Plague in India, 1896, 1897 - Volume 1
Year: 1896
Disease focus: Plague
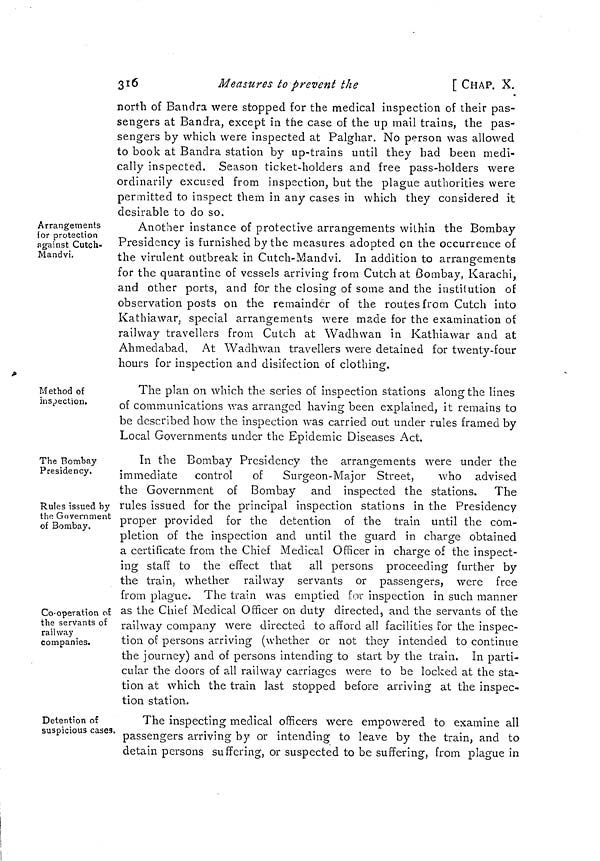
316
Measures to prevent the
[ CHAP. X.
north of Bandra were stopped for the medical inspection of their pas-
sengers at Bandra, except in the case of the up mail trains, the pas-
sengers by which were inspected at Palghar. No person was allowed
to book at Banclra station by up-trains until they had been medi-
cally inspected. Season ticket-holders and free pass-holders were
ordinarily excused from inspection, but the plague authorities were
permitted to inspect them in any cases in which they considered it
desirable to do so.
Arrangements
for protection
against Cutch-
Mandvi.
Another instance of protective arrangements within the Bombay
Presidency is furnished by the measures adopted on the occurrence of
the virulent outbreak in Cutch-Mandvi. In addition to arrangements
for the quarantine of vessels arriving from Cutch at Bombay, Karachi,
and other ports, and for the closing of some and the institution of
observation posts on the remainder of the routes from Cutch into
Kathiawar, special arrangements were made for the examination of
railway travellers from Cutch at Wadhwan in Kathiawar and at
Ahmedabacl. At Wadhwan travellers were detained for twenty-four
hours for inspection and disifection of clothing.
Method of
inspection.
The plan on which the series of inspection stations along the lines
of communications was arranged having been explained, it remains to
be described how the inspection was carried out under rules framed by
Local Governments under the Epidemic Diseases Act.
The Bombay
Presidency.
Rules issued by
the Government
of Bombay.
Co-operation of
the servants of
railway
companies.
In the Bombay Presidency the arrangements were under the
immediate control of Surgeon-Major Street,
who advised
the Government of Bombay and inspected the stations.
The
rules issued for the principal inspection stations in the Presidency
proper provided for the detention of the train until the com-
pletion of the inspection and until the guard in charge obtained
a certificate from the Chief Medical Officer in charge of the inspect-
ing staff to the effect that all persons proceeding further by
the train, whether railway servants or passengers, were free
from plague. The train was emptied for inspection in such manner
as the Chief Medical Officer on duty directed, and the servants of the
railway company were directed to afford all facilities for the inspec-
tion of persons arriving (whether or not they intended to continue
the journey) and of persons intending to start by the train. In parti-
cular the doors of all railway carriages were to be locked at the sta-
tion at which the train last stopped before arriving at the inspec-
tion station.
Detention of
suspicious case3.
The inspecting medical officers were empowered to examine all
passengers arriving by or intending to leave by the train, and to
detain persons suffering, or suspected to be suffering, from plague in